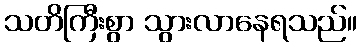
သတိကြီးစွာ သွားလာနေရသည်။